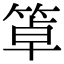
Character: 䈇